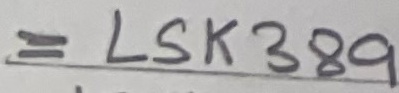
Text: = LSK389